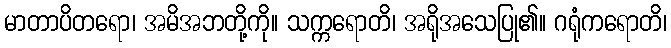
မာတာပိတရော၊ အမိအဘတို့ကို။ သက္ကရောတိ၊ အရိုအသေပြု၏။ ဂရုံကရောတိ၊